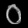
Digit: ၀